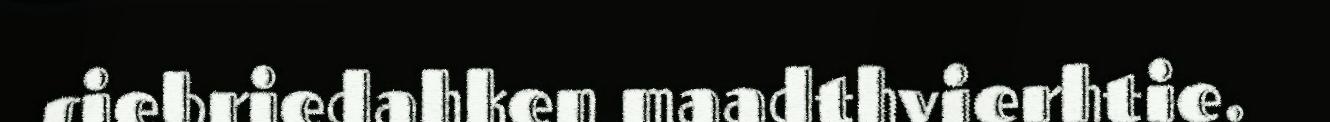
siebriedahken maadthvierhtie.